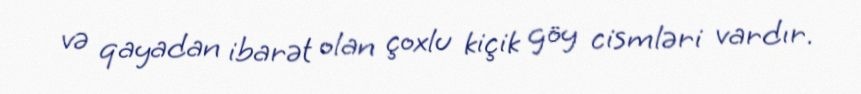
və qayadan ibarət olan çoxlu kiçik göy cismləri vardır.